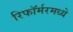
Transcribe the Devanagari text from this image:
रिफॉर्मरमध्ये